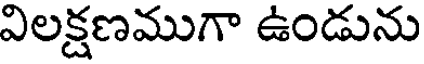
విలక్షణముగా ఉండును